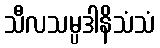
သီလသမ္ပဒါနိသံသံ